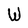
Character: W